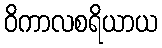
ဝိကာလစရိယာယ